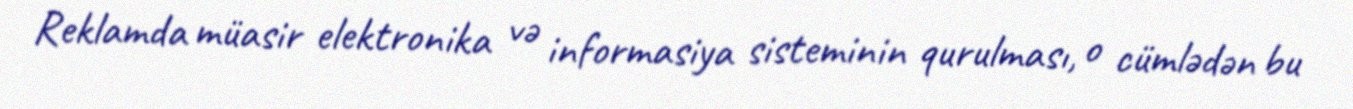
Reklamda müasir elektronika və informasiya sisteminin qurulması, o cümlədən bu